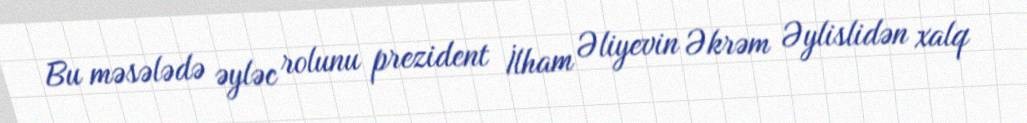
Bu məsələdə əyləc rolunu prezident İlham Əliyevin Əkrəm Əylislidən xalq